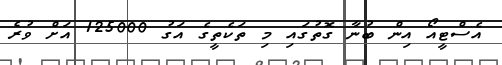
އެސްޓީއޯ އިން ބުނާ ގޮތުގައި މި ތަކެތީގެ އަގު 125000 އަށް ވުރެ